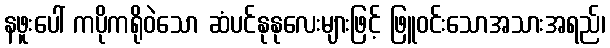
နဖူးပေါ် ကပိုကရိုဝဲသော ဆံပင်နုနုလေးများဖြင့် ဖြူဝင်းသောအသားအရည်၊